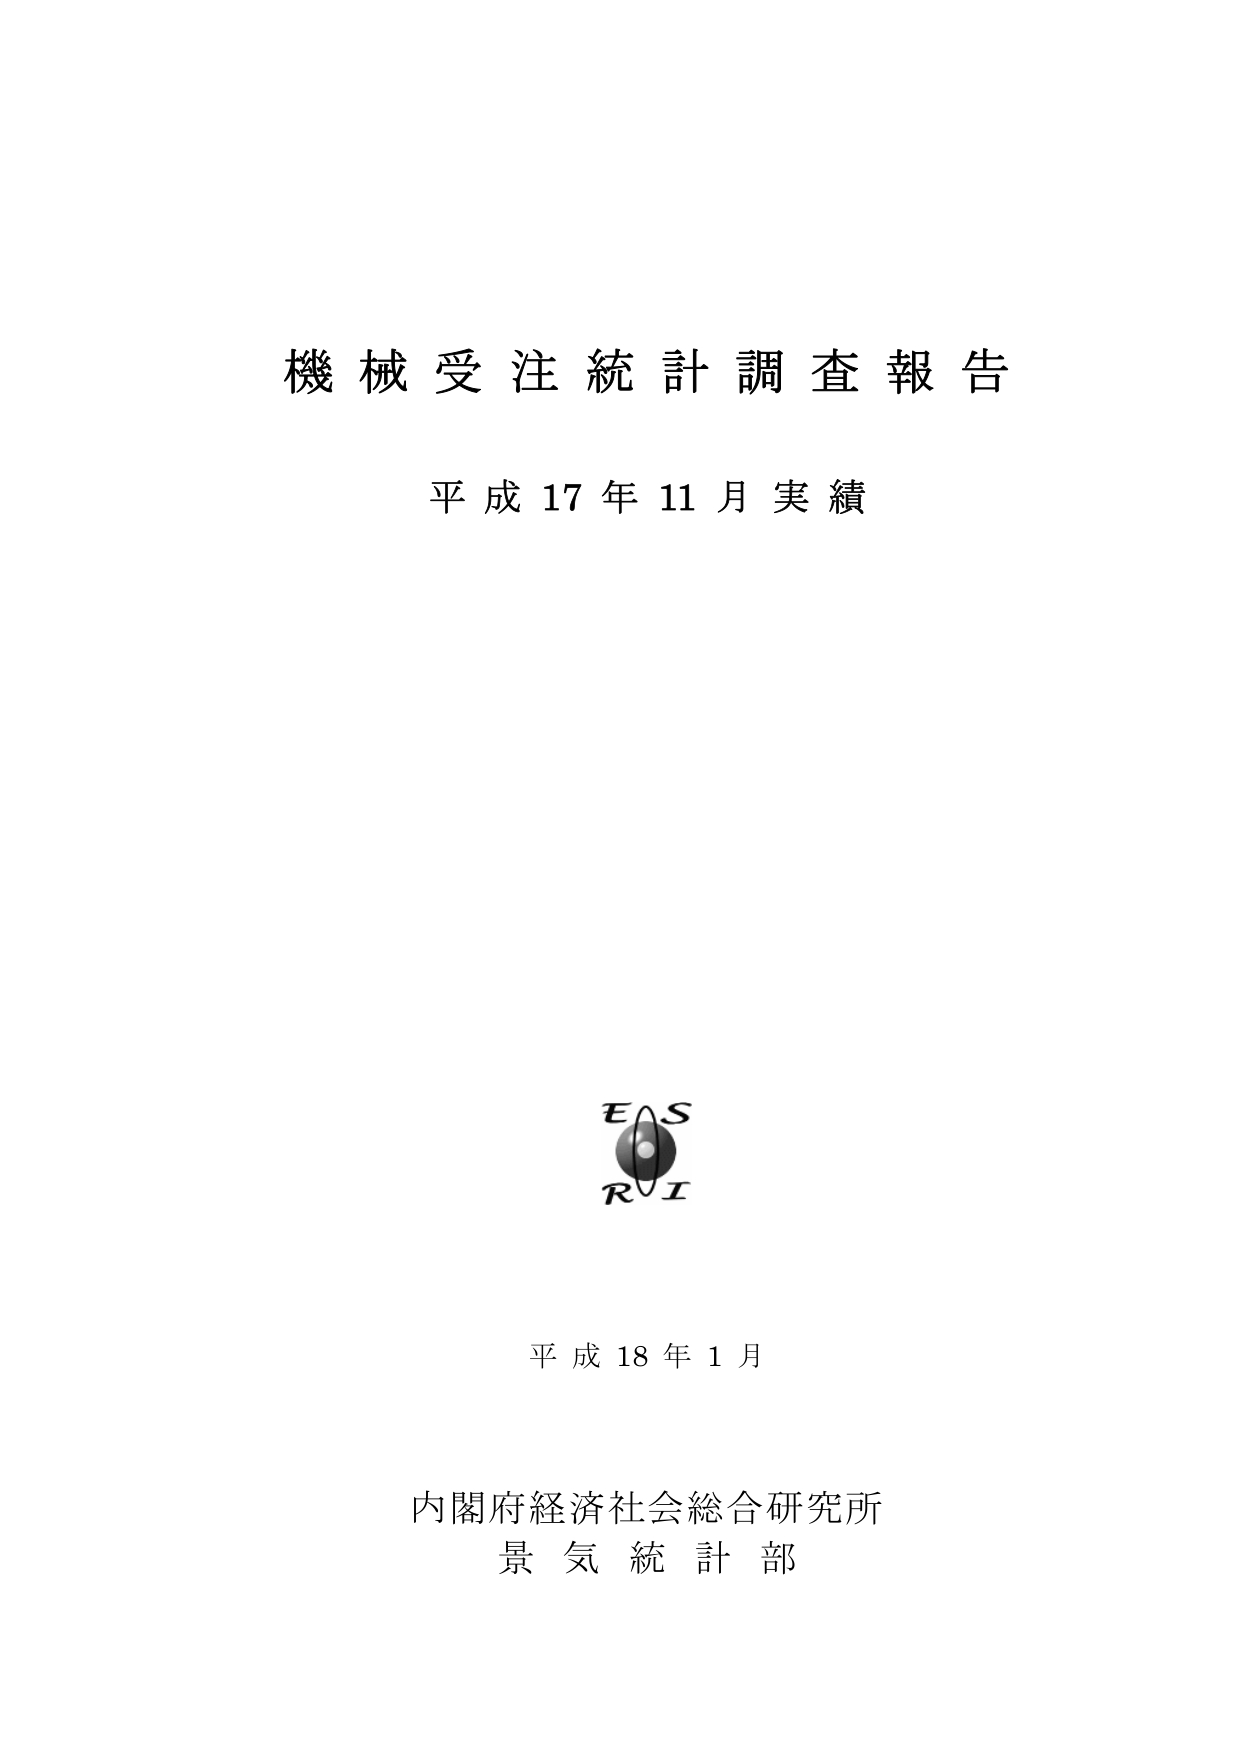
機械受注統計調査報告
平成17年11月実績

EAS
RI

平成18年1月

内閣府経済社会総合研究所
景気統計部